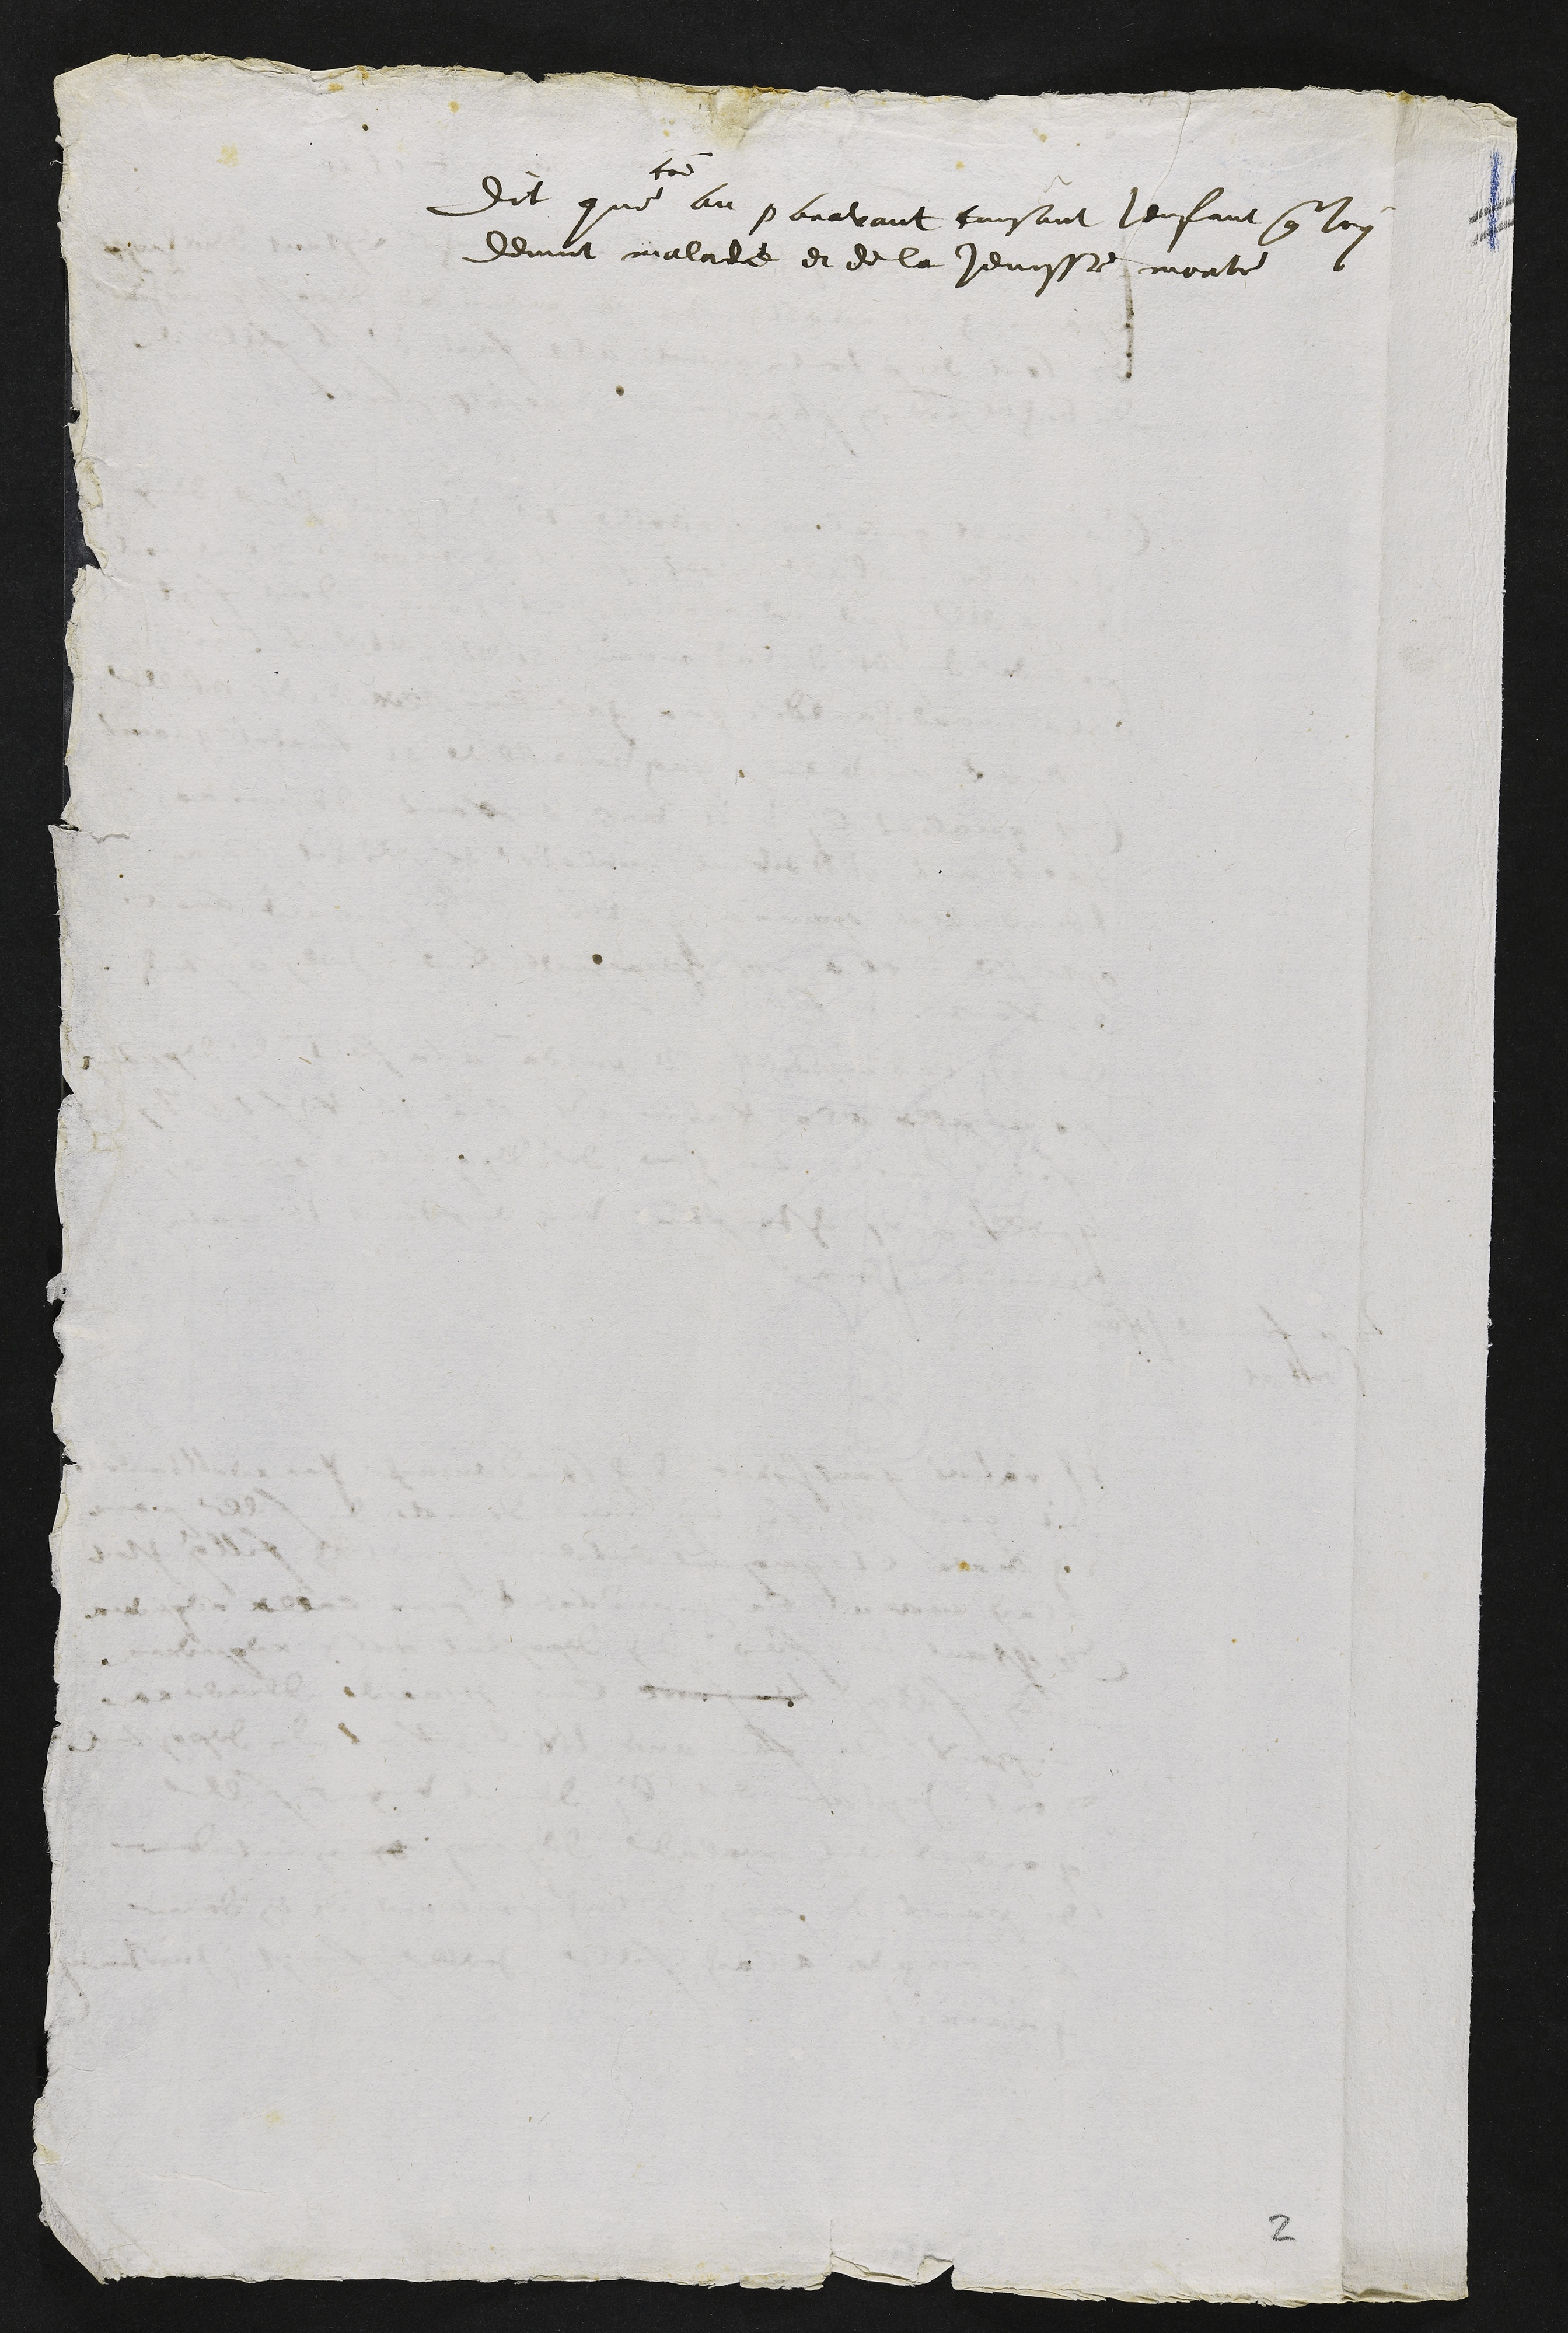
Dit que
sondit
au paravant causant lenfant que lon
devint malade et de la jensse morte